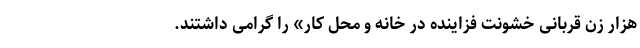
هزار زن قربانی خشونت فزاینده در خانه و محل‌ کار» را گرامی داشتند.